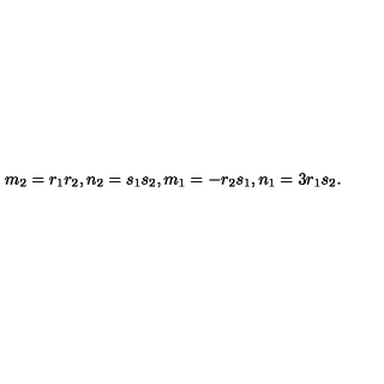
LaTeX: m _ { 2 } = r _ { 1 } r _ { 2 } , n _ { 2 } = s _ { 1 } s _ { 2 } , m _ { 1 } = - r _ { 2 } s _ { 1 } , n _ { 1 } = 3 r _ { 1 } s _ { 2 } .